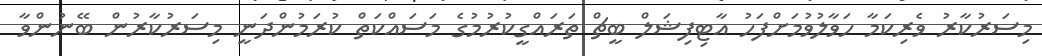
މިސަރުކާރު ވެރިކަމާ ހަވާލުވުމަށްފަހު އާޓިފިޝަލް ބީޗް ތަރައްގީކުރުމުގެ މަސައްކަތް ކުރަމުންދަނީ މިސަރުކާރުން ބޭނުންވާ